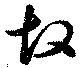
故